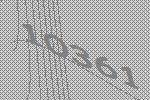
10361